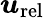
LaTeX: \boldsymbol{\mathit{u}}_{\mathrm{{rel}}}